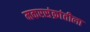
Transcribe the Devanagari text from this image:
मकरसंक्रांतीला